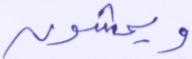
ويمشون